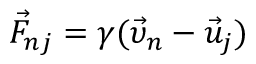
\vec { F } _ { n j } = \gamma ( \vec { \upsilon } _ { n } - \vec { u } _ { j } )